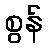
စွန်